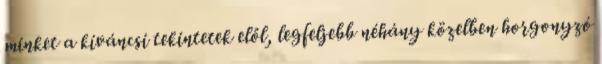
minket a kíváncsi tekintetek elől, legfeljebb néhány közelben horgonyzó